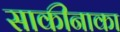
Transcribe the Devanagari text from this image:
साकीनाका